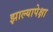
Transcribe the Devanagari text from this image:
झाल्यापेक्षा